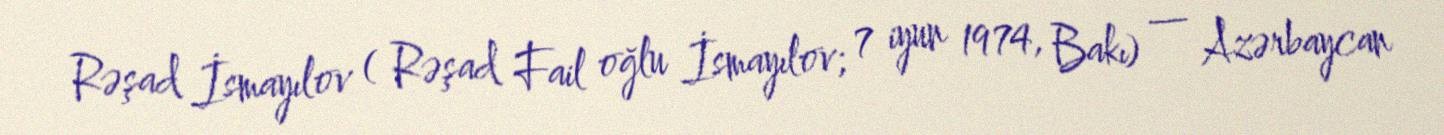
Rəşad İsmayılov ( Rəşad Fail oğlu İsmayılov; 7 iyun 1974, Bakı) — Azərbaycan